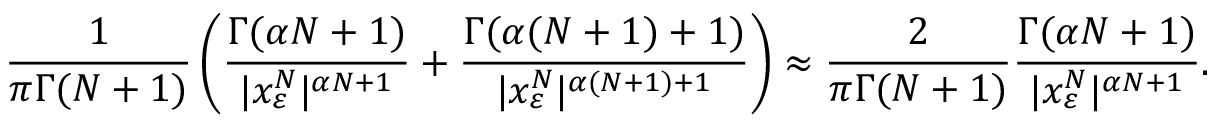
\frac { 1 } { \pi \Gamma ( N + 1 ) } \left( \frac { \Gamma ( \alpha N + 1 ) } { | x _ { \varepsilon } ^ { N } | ^ { \alpha N + 1 } } + \frac { \Gamma ( \alpha ( N + 1 ) + 1 ) } { | x _ { \varepsilon } ^ { N } | ^ { \alpha ( N + 1 ) + 1 } } \right) \approx \frac { 2 } { \pi \Gamma ( N + 1 ) } \frac { \Gamma ( \alpha N + 1 ) } { | x _ { \varepsilon } ^ { N } | ^ { \alpha N + 1 } } .